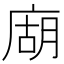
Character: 𢉢